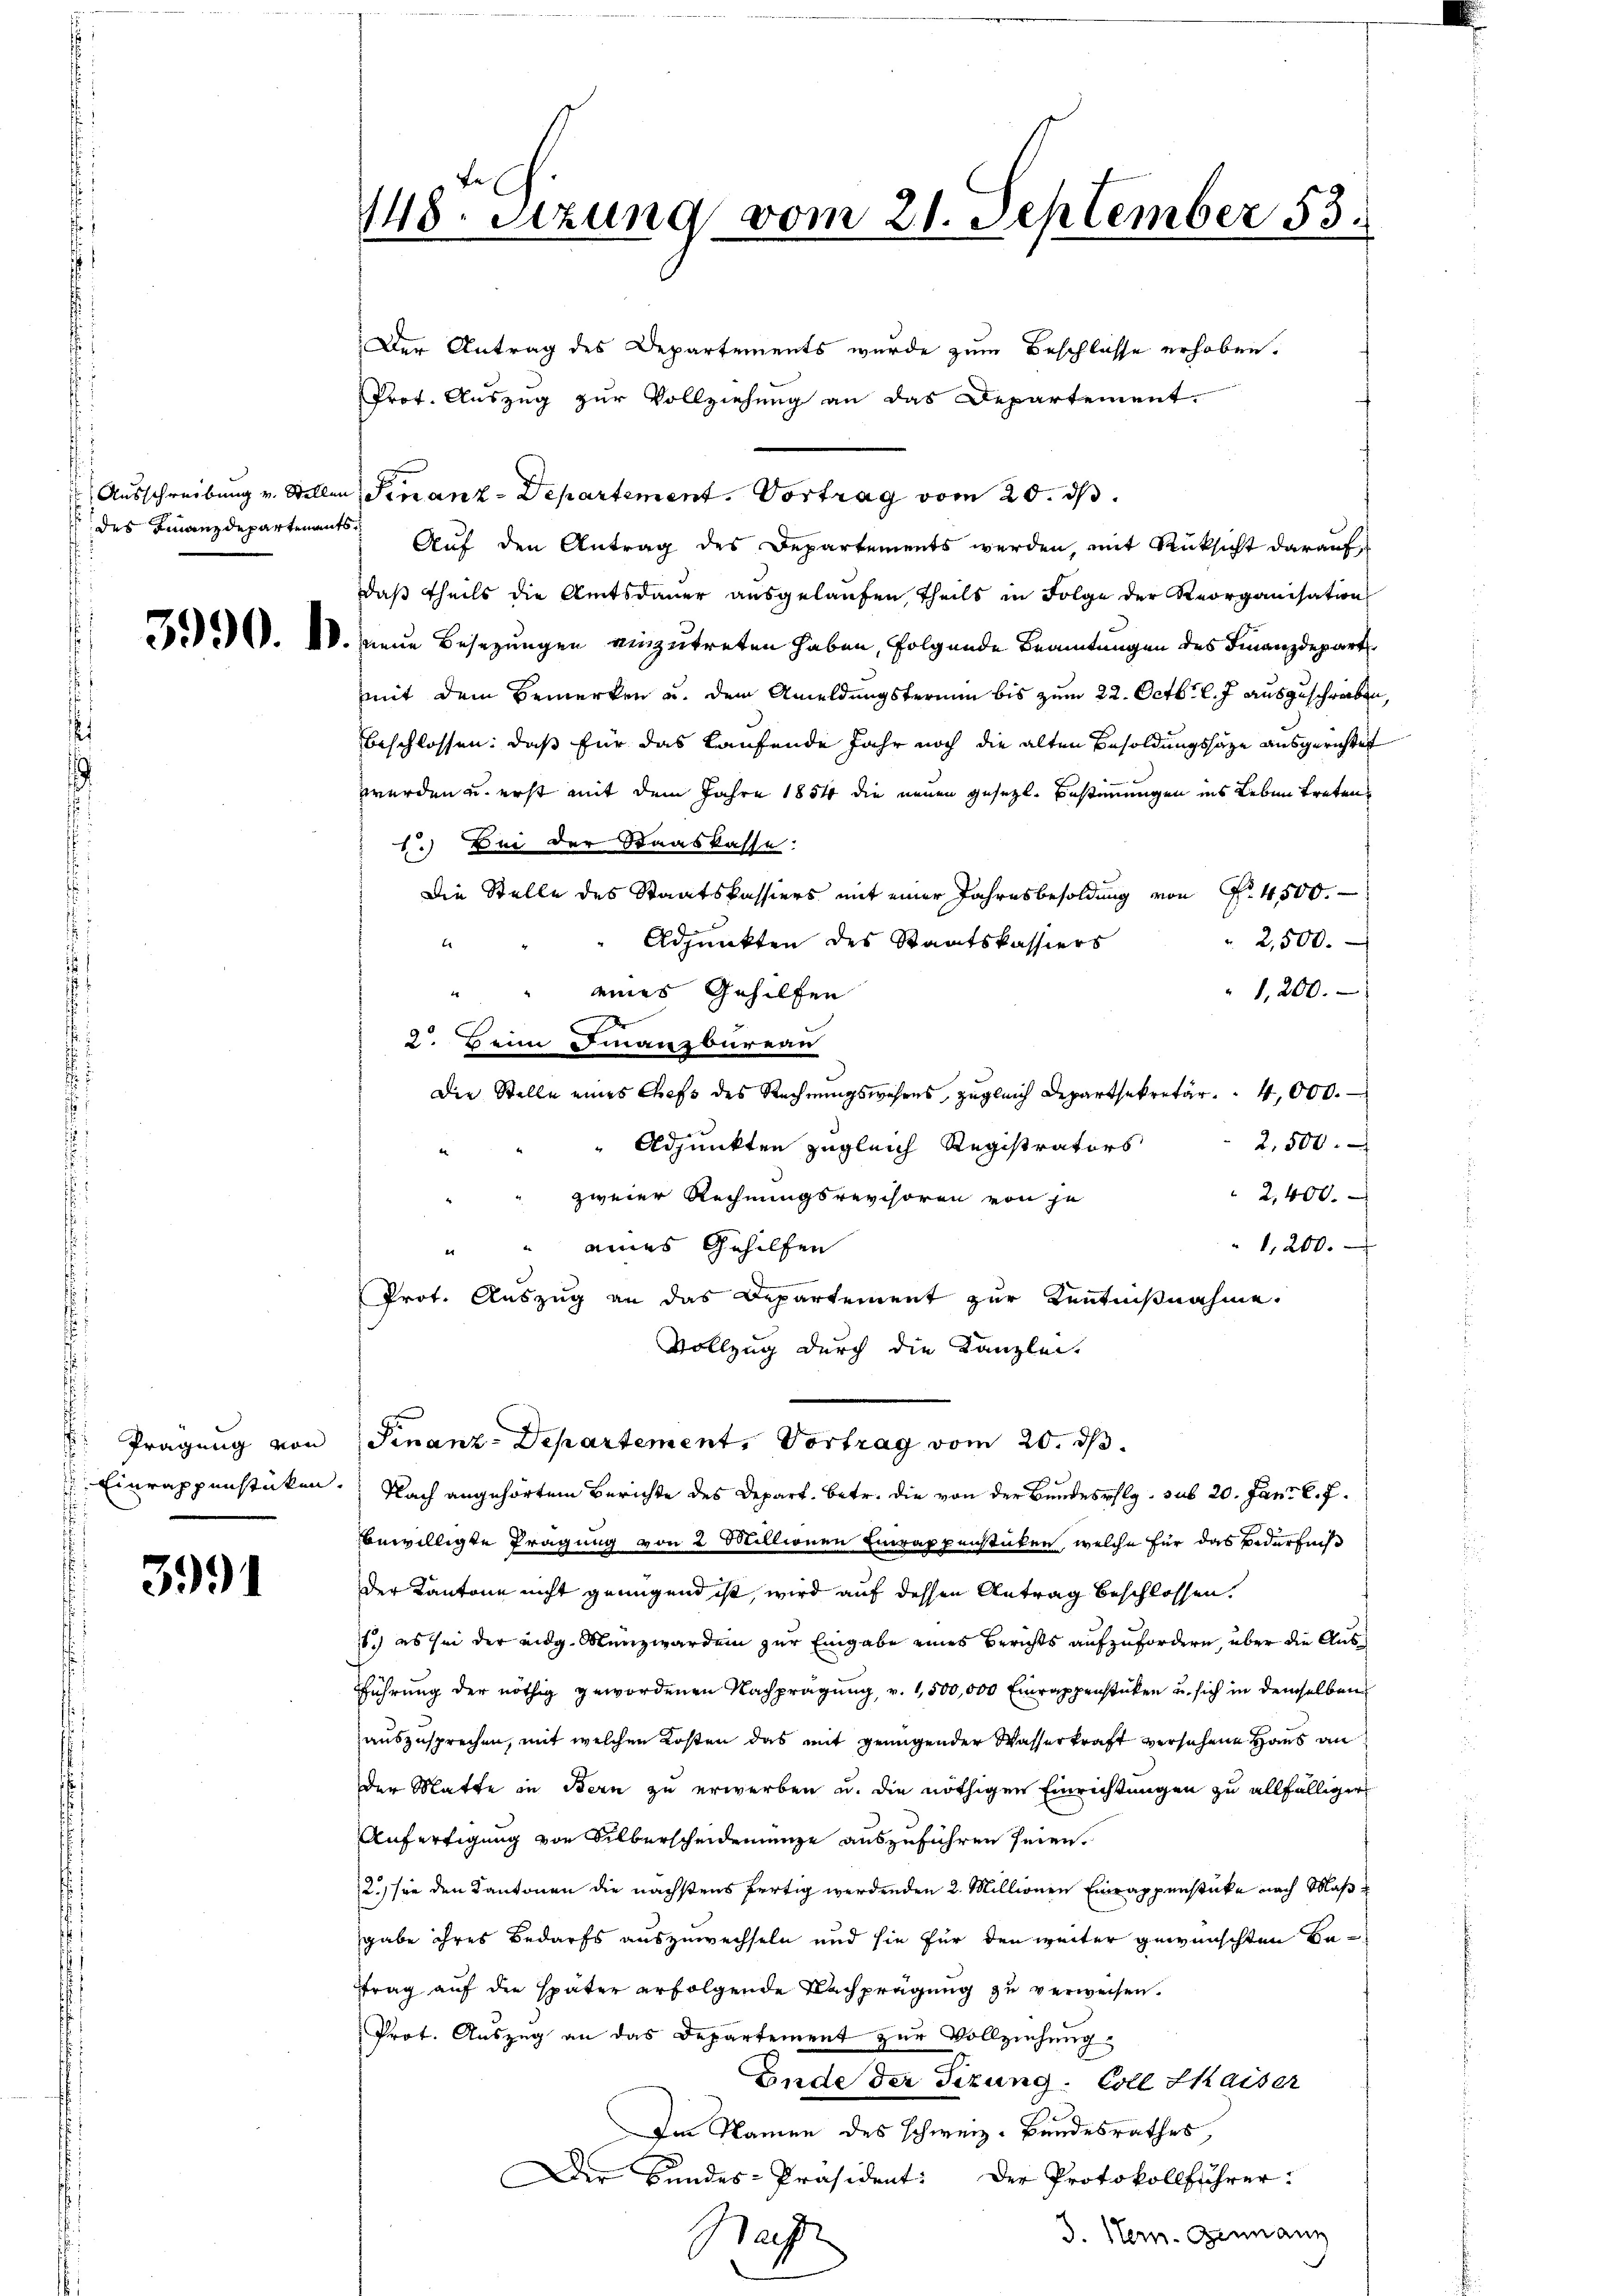
Ausschreibung v. Stellen
des Finanzdepartenan

Prägung von
Einrappenstücken.

3991

148. Setzung vom 21. September 53.

Der Antrag des Departements wurde zum Beschlosse erhoben.
Prot. Auszug zur Vollziehung an das Departement.
u Finanz-Departement. Vortrag vom 20. ds.
16.
Auf den Antrag des Departements werden, mit Rücksicht darauf,
Daß theils die Amtsdauer ausgelaufen, theils in Folge der Reorganisation
... 10. neue Besetzungen einzutreten haben, folgende Beamtungen des Finanzdepart
mmit dem Bemerken u. dem Anmeldungstermin bis zum 22. Octbr. l. J. ausgeschrieben,
beschlossen: daß für das kaufende Jahr noch die alten Besoldungssage ausgerichtet
werden u. erst mit dem Jahre 1854 die neuen gesetzl. Bestimmungen ins Leben treten,
1.) Bei der Staaskasse:
Die Stelle des Staatskassiers mit einer Jahresbesoldung von P. 4500.
Adjunkten des Staatskassiers
2,500.
b
1,200.
"" eines Gehilfen
2. Heim Finanzbüreau
Die Stelle eines Chefs des Rechnŭngswesens, zugleich Departsekretär " 4,000.
2,500.
Adjunkten zugleich Registrators
2,400.
zweier Rechnungsrevchoren von je
1,200.
eines Gehilfen
er
Prot. Auszug an das Departement zur Kenntnißnahme.
Vollzug durch die Kanzlei.
Finanz-Departement, Vortrag vom 20. ds.
 Nach angehörtem Berichte des Depart. betr. die von der Bundespflg. sub 20. Jan. l. J.
bewilligte Prägung von 2 Millionen Einrappenstücken, welche für das Bedürfnis
der Kantone nicht genügend ist, wird auf dessen Antrag beschlossen.
11.) es sei der eidg. Münzwerden zur Eingabe eines Berichts aufzufordern, über die Aus¬
Führung der nöthig gewordenen Nachprägung, v. 1,500,000 Einrappenstücken u. sich in demselben
auszusprechen, mit welchen Kosten das mit genügender Wasserkraft versehene Haus an
der Matte in Bern zu erwerben u. die nöthigen Einrichtungen zu allfälliger
Anfertigung von Silberscheidendenze auszuführen seien.
2.) sie den Kantonen die nächstens fertig werdenden 2. Millionen Einrappenstücke nach Maß
gabe ihres Bedarfs auszuwechseln und sie für den weiter gewünschten Batrag auf die später erfolgende Nachprägung zu verweisen.
Prot. Auszug an das Departement zur Vollziehung
Ende der Tizung: Coll Kaiser
Im Namen des schweiz. Bandesrathes,
Der Bundes-Präsident: Der Protokollführer:
3. Hern. Gennanz
Ha